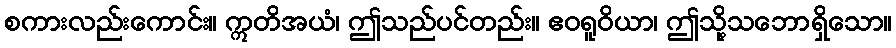
စကားလည်းကောင်း။ ဣတိအယံ၊ ဤသည်ပင်တည်း။ ဧဝရူဝိယာ၊ ဤသို့သဘောရှိသော။